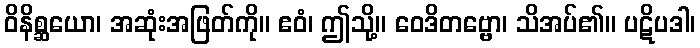
ဝိနိစ္ဆယော၊ အဆုံးအဖြတ်ကို။ ဧဝံ၊ ဤသို့။ ဝေဒိတဗ္ဗော၊ သိအပ်၏။ ပဋိပဒါ၊